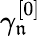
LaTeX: \gamma_{\mathfrak{n}}^{[0]}